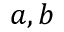
a , b